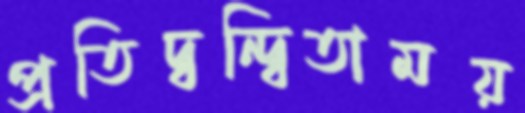
প্রতিদ্বন্দ্বিতাময়